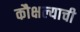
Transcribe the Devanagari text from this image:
कौक्षल्याची